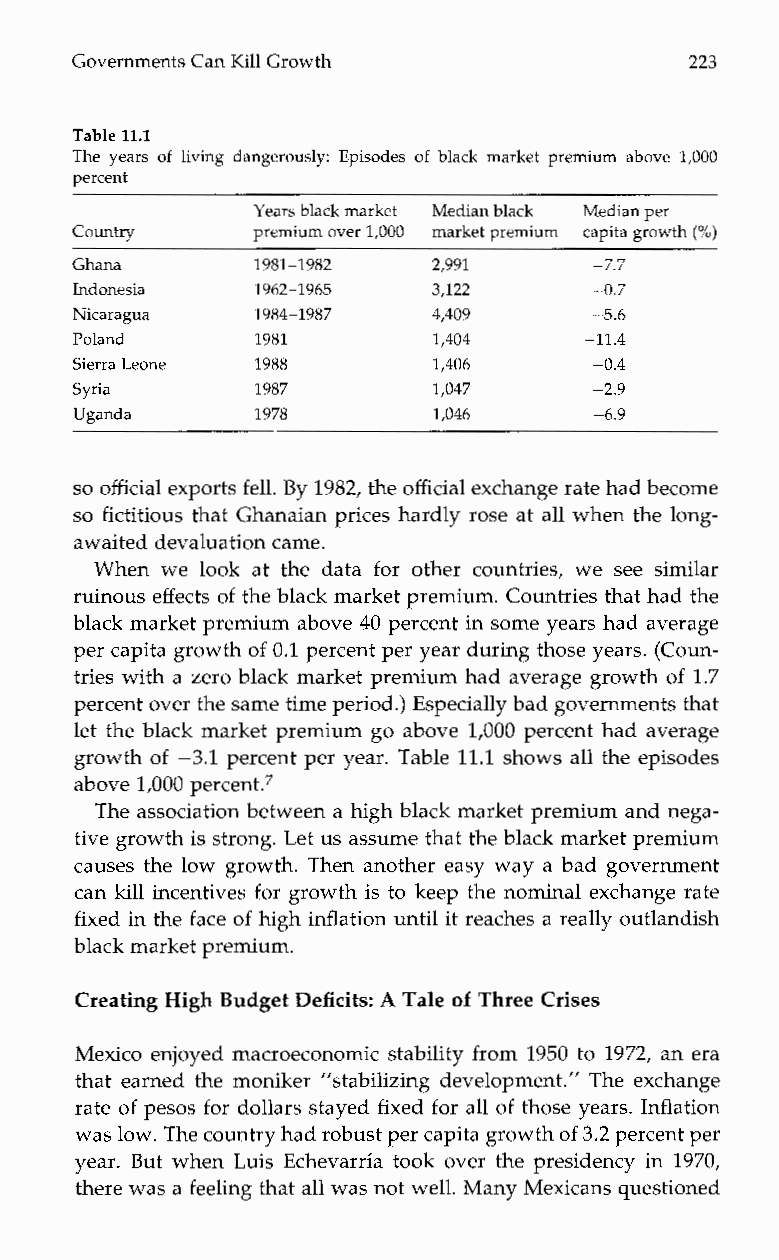
Governments Can Kill Growth              223
 Table 11.1
 The years of living dangerously: Episodes of black marketp remiuma bove 1,000
 percent
 Years black market Median black Median per
 Country     premium over 1,000 market premium capita growth (“10)
 Ghana      -7.179 81-1982 2,991
 Indonesia   1962-1965   3,122     -0.7
 Nicaragua   1984-1987   4,409     -5.6
 Poland      1981        1,404     -11.4
 Sierra Leone 1988       1,406     --0 .4
 Syria       1987        1,047      ~2.9
 ~
 Uganda      1978        1,046     -6.9
 so official exports fell. By 1982, the official exchange rate had become
 so fictitious that Ghanaian prices hardly rose at all when the long-
 awaited devaluation came.
 When we look att hed ata for otherc ountries, we see similar
 ruinous effects of the black market premium. Countries that had the
 black market premium above 40 percent in some years had average
 per capita growth of 0.1 percent per yeard uring those years. (Coun-
 tries with a zero black market premium had average growth of 1.7
 percent over the same time period.) Especially bad governments that
 let the black market premium go above 1,000 percent had average
 growth of -3.1 percent per year. Table 11.1 shows all the episodes
 above 1,000 per~ent.~
 The association between a high black market premium and nega-
 tive growth is strong.L et us assume that theb lack market premium
 causes the low growth. Then another easy way a bad government
 can kill incentives for growth is to keep the nominal exchange rate
 fixed in the face of high inflation until it reaches a really outlandish
 black market premium.
 Creating High Budget Deficits: A Tale of Three Crises
 Mexico enjoyed macroeconomic stability from 1950 to 1972, an era
 that earned the moniker “stabilizing development.” The exchange
 rate of pesos for dollars stayed fixed for all of those years. Inflation
 was low.T he country had robust per capita growothf 3.2 percent per
 year. But when Luis Echevarria took over the presidency in 1970,
 there was a feeling that all was not wellM. any Mexicans questioned